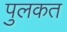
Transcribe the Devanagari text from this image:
पुलकत